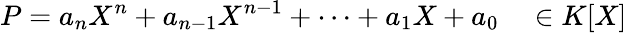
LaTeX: P=a_{n}X^{n}+a_{n-1}X^{n-1}+\dots+a_{1}X+a_{0}\quad\in K[X]